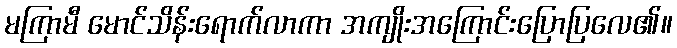
မကြာမီ မောင်သိန်းရောက်လာကာ အကျိုးအကြောင်းပြောပြလေ၏။